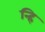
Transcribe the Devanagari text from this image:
न्हि